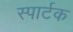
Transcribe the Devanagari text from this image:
स्पार्टक